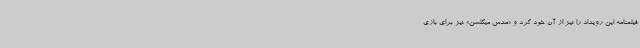
فیلمنامه این رویداد را نیز از آن خود کرد و «مدس میکلسن» نیز برای بازی